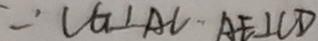
\because C G \bot A C \cdot A E \bot C D